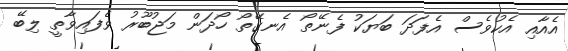
އެއާއި އެކުވެސް އެފަދަ ބަޔަކު ފެނޭތޯ އެނގޭތޯ ހޯދަން މަޖުބޫރު ވެފައިވާތީ ލިބޭ